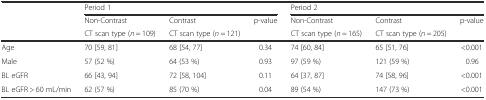
|  | <COLSPAN=3> Period 1 | <COLSPAN=3> Period 2 |
 |  | Non-Contrast | Contrast | p-value | Non-Contrast | Contrast | p-value |
 |  | CT scan type (n = 109) | CT scan type (n = 121) |  | CT scan type (n = 165) | CT scan type (n = 205) |  |
 | --- | --- | --- | --- | --- | --- | --- |
 | Age | 70 [59, 81] | 68 [54, 77] | 0.34 | 74 [60, 84] | 65 [51, 76] | <0.001 |
 | Male | 57 (52 %) | 64 (53 %) | 0.93 | 97 (59 %) | 121 (59 %) | 0.96 |
 | BL eGFR | 66 [43, 94] | 72 [58, 104] | 0.11 | 64 [37, 87] | 74 [58, 96] | <0.001 |
 | BL eGFR > 60 mL/min | 62 (57 %) | 85 (70 %) | 0.04 | 89 (54 %) | 147 (73 %) | <0.001 |